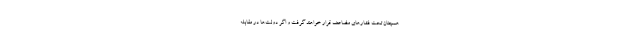
همچنان تحت فشارهای مضاعف قرار خواهند گرفت و اگر دولت‌ها در مقابله